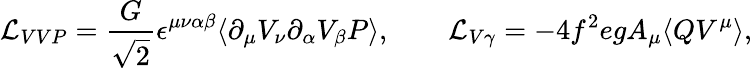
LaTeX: {\cal L}_{VVP}=\frac{G}{\sqrt{2}}\epsilon^{\mu\nu\alpha\beta}\langle\partial_{\mu}V_{\nu}\partial_{\alpha}V_{\beta}P\rangle,\qquad{\cal L}_{V\gamma}=-4f^{2}egA_{\mu}\langle QV^{\mu}\rangle,